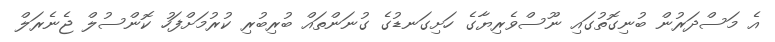
އެ މަސްދަރުން ބުނިގޮތުގައި ނޫސްވެރިޔާގެ ހަށިގަނޑުގެ ގުނަންތައް ބުރިބުރި ކުރުމަށްފަހު ކޮންސުލް ޖެނެރަލް